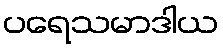
ပရေသမာဒါယ